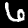
Digit: 6